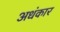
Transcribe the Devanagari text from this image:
अधंकार